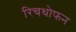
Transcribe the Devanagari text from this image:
रिचथोफन